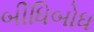
બીધિબોધ